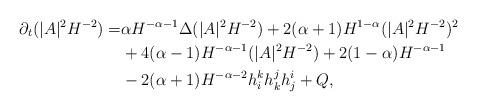
LaTeX: \begin{align*} \partial_t(|A|^2H^{-2}) =& \alpha H^{-\alpha-1}\Delta(|A|^2H^{-2})+2(\alpha+1)H^{1-\alpha}(|A|^2H^{-2})^2\\ &+4(\alpha-1)H^{-\alpha-1}(|A|^2H^{-2}) +2(1-\alpha)H^{-\alpha-1}\\ &-2(\alpha+1)H^{-\alpha-2}h_i^kh_k^jh_j^i+Q,\end{align*}